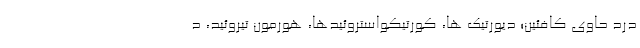
درد حاوی کافئین؛ دیورتیک ها، کورتیکواستروئیدها، هورمون تیروئید، د